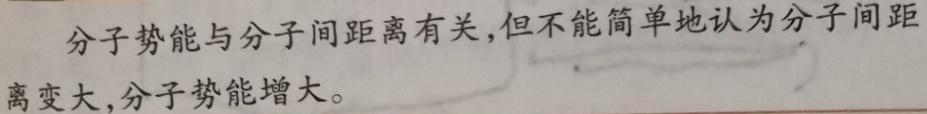
分子势能与分子间距离有关,但不能简单地认为分子间距离变大,分子势能增大。